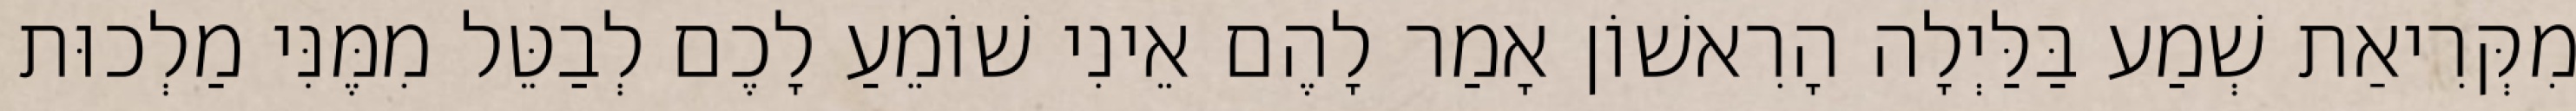
מִקְּרִיאַת שְׁמַע בַּלַּיְלָה הָרִאשׁוֹן אָמַר לָהֶם אֵינִי שׁוֹמֵעַ לָכֶם לְבַטֵּל מִמֶּנִּי מַלְכוּת